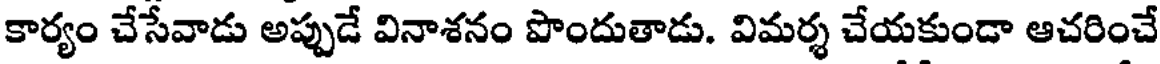
కార్యం చేసేవాడు అప్పుడే వినాశనం పొందుతాడు. విమర్శ చేయకుండా ఆచరించే